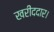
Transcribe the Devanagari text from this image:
खरीददार।